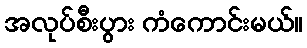
အလုပ်စီးပွား ကံကောင်းမယ်။